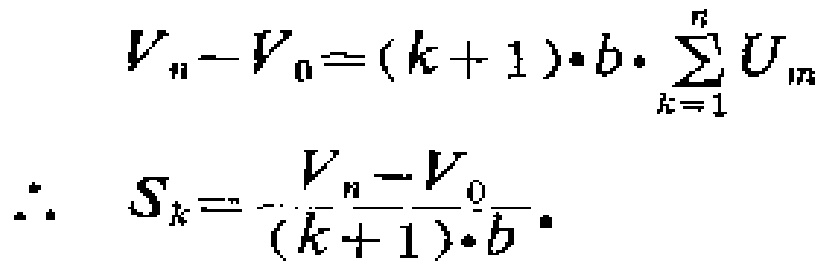
\[
\begin{align*}
V_{n}-V_{0}&=(k + 1)\cdot b\cdot\sum_{k = 1}^{n}U_{m}\\
\therefore\quad S_{k}&=-\frac{V_{n}-V_{0}}{(k + 1)\cdot b}
\end{align*}
\]